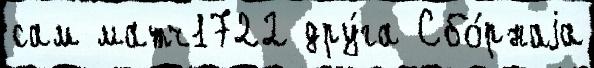
сам матч1722 дру́га Сбо́рнаjа